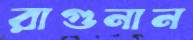
রাগুনান